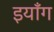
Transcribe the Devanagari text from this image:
इयाँग